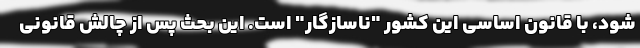
شود، با قانون اساسی این کشور "ناسازگار" است. این بحث پس از چالش قانونی